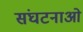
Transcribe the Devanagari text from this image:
संघटनाओ